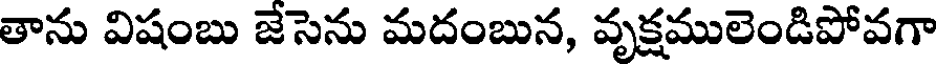
తాను విషంబు జేసెను మదంబున, వృక్షములెండిపోవగా